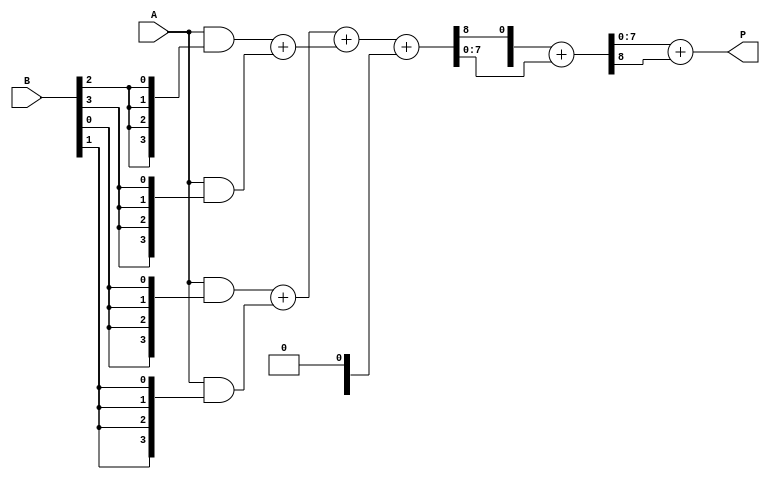
module wallace_tree_multiplier #(parameter n = 4) (
    input  [n-1:0] A,      // Multiplicand
    input  [n-1:0] B,      // Multiplier
    output [2*n-1:0] P     // Product
);

// Step 1: Partial Product Generation
wire [n-1:0] pp [0:n-1]; // Partial products
genvar i;
generate
    for (i = 0; i < n; i = i + 1) begin : partial_products
        assign pp[i] = A & {n{B[i]}}; // ANDing B[i] with A
    end
endgenerate

// Step 2: Wallace Tree Reduction
wire [2*n-1:0] sum_level1 [0:n/2-1];
wire [2*n-1:0] carry_level1 [0:n/2-1];
wire [2*n-1:0] sum_level2 [0:n/4-1];
wire [2*n-1:0] carry_level2 [0:n/4-1];

// First reduction level (using half adders)
generate
    for (i = 0; i < n; i = i + 1) begin : reduction_level1
        if (i % 2 == 0 && i + 1 < n) begin
            // HA for pairs of partial products
            assign {carry_level1[i/2][0], sum_level1[i/2]} = pp[i] + pp[i + 1];
        end
    end
endgenerate

// Second reduction level (using full adders)
generate
    for (i = 0; i < n/2; i = i + 1) begin : reduction_level2
        if (i % 2 == 0 && i + 1 < n/2) begin
            // FA for pairs of sums and carries
            assign {carry_level2[i/2][0], sum_level2[i/2]} = sum_level1[i] + sum_level1[i + 1] + carry_level1[i/2];
        end
    end
endgenerate

// Final addition (simple ripple carry adder)
wire [2*n-1:0] final_sum;
wire [2*n-1:0] final_carry;

assign {final_carry, final_sum} = carry_level2[0] + sum_level2[0];

// Assign final product
assign P = final_sum + final_carry;

endmodule